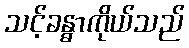
သင့်ခန္ဓာကိုယ်သည်